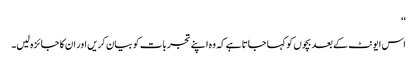
‘‘
اس ایونٹ کے بعد بچوں کو کہا جاتا ہے کہ وہ اپنے تجربات کو بیان کریں اور ان کا جائزہ لیں۔